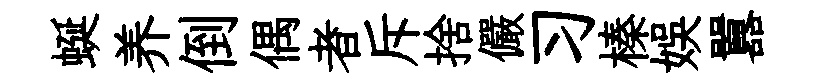
蜒养倒偶者斥捨儼习榛娱囂